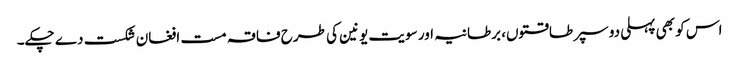
اس کو بھی پہلی دو سپر طاقتوں، برطانیہ اور سویت یونین کی طرح فاقہ مست افغان شکست دے چکے۔